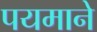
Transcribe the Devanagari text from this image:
पयमाने